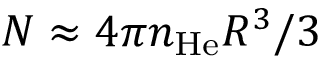
N \approx 4 \pi n _ { \mathrm { H e } } R ^ { 3 } / 3